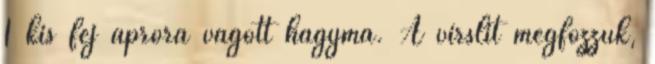
1 kis fej apróra vágott hagyma. A virslit megfőzzük,